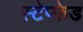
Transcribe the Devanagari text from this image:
स्टेप्फेड